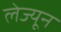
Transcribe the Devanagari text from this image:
लेज्यून